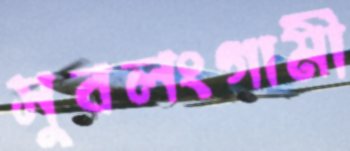
সুবলংগামী